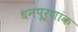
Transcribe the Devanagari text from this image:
धनपूर्णांक